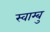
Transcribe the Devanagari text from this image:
स्वाम्बु